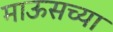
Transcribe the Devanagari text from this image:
माऊसच्या